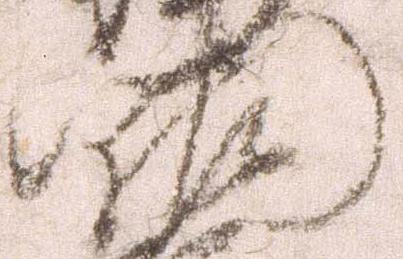
門